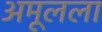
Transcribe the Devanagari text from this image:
अमूलला